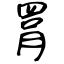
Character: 罥